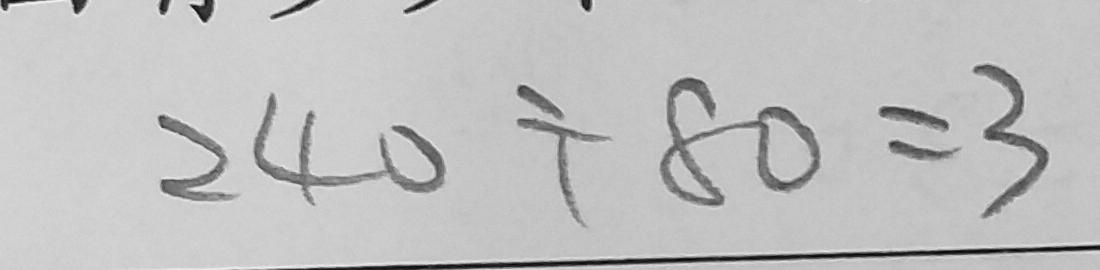
2 4 0 \div 8 0 = 3